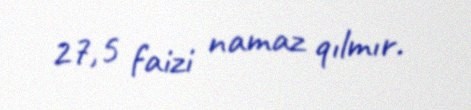
27,5 faizi namaz qılmır.